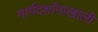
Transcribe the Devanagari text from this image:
मार्गदर्शानाखाली